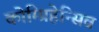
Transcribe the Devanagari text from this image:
कोम्प्रिहेन्सिव